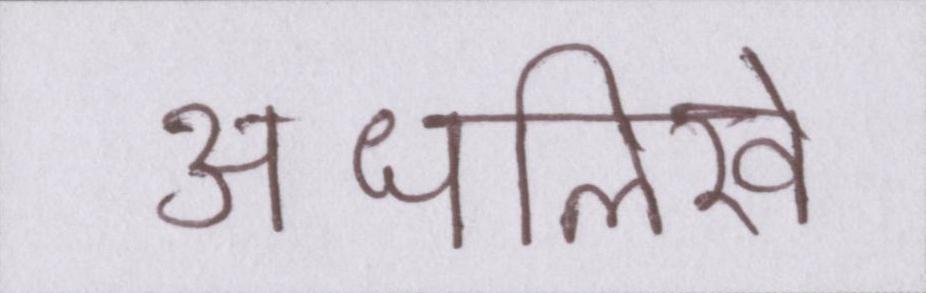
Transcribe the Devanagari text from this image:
अधलिखे